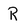
Character: R